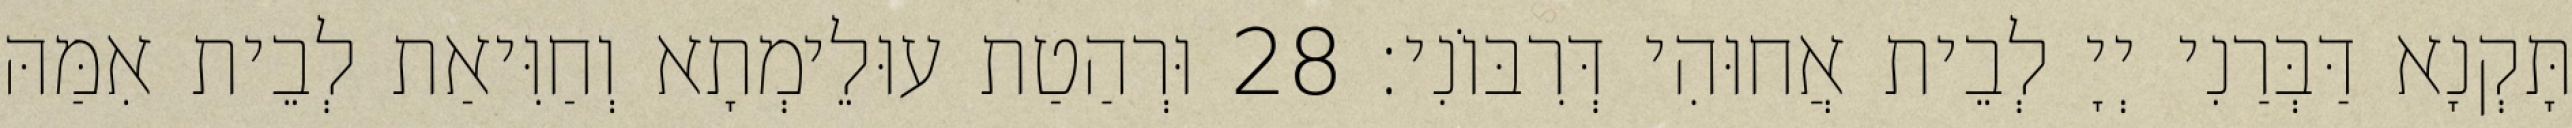
תָּקְנָא דַּבְּרַנִי יְיָ לְבֵית אֲחוּהִי דְּרִבּוֹנִי׃ 28 וּרְהַטַת עוּלֵימְתָא וְחַוִּיאַת לְבֵית אִמַּהּ